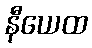
နီယေထ